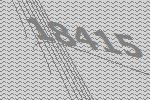
18415